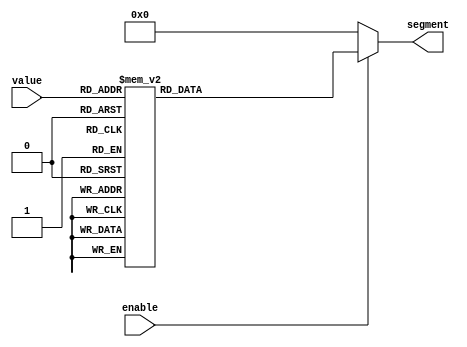
//  x x x 3 x x 0 x x				
//  2 e d a f c g b 1
// letters = 7 segment display (active high)
// numbers = digit select (active low)


`define _Bseg 7'd1
`define _Gseg 7'd2
`define _Cseg 7'd4
`define _Fseg 7'd8
`define _Aseg 7'd16
`define _Dseg 7'd32
`define _Eseg 7'd64

`define DIGIT0	(`_Aseg | `_Bseg | `_Cseg | `_Dseg | `_Eseg | `_Fseg)
`define DIGIT1	(`_Bseg | `_Cseg)
`define DIGIT2	(`_Aseg | `_Bseg | `_Dseg | `_Eseg | `_Gseg)
`define DIGIT3	(`_Aseg | `_Bseg | `_Cseg | `_Dseg | `_Gseg)
`define DIGIT4	(`_Bseg | `_Cseg | `_Fseg | `_Gseg)
`define DIGIT5	(`_Aseg | `_Fseg | `_Gseg | `_Cseg | `_Dseg)
`define DIGIT6	(`_Aseg | `_Cseg | `_Dseg | `_Eseg | `_Fseg | `_Gseg)
`define DIGIT7	(`_Aseg | `_Bseg | `_Cseg )
`define DIGIT8	(`_Aseg | `_Bseg | `_Cseg | `_Dseg | `_Eseg | `_Fseg | `_Gseg)
`define DIGIT9	(`_Aseg | `_Bseg | `_Cseg | `_Dseg | `_Fseg | `_Gseg)
`define DIGITA	(`_Aseg | `_Bseg | `_Cseg | `_Eseg | `_Fseg | `_Gseg)
`define DIGITB	(`_Cseg | `_Dseg | `_Eseg | `_Fseg | `_Gseg)
`define DIGITC	(`_Aseg | `_Dseg | `_Eseg | `_Fseg)
`define DIGITD	(`_Bseg | `_Cseg | `_Dseg | `_Eseg | `_Gseg)
`define DIGITE	(`_Aseg |  `_Eseg | `_Dseg | `_Fseg | `_Gseg)
`define DIGITF	(`_Aseg |  `_Eseg | `_Fseg | `_Gseg)

module hexseg
(
 input [3:0] value,
 input enable,
 output reg [6:0] segment  
);


always @(value,enable)
begin
		if (enable) begin
		
			case (value)
					4'd0: segment = `DIGIT0 ;
					4'd1: segment = `DIGIT1 ;
					4'd2: segment = `DIGIT2 ;
					4'd3: segment = `DIGIT3 ;
					4'd4: segment = `DIGIT4 ;
					4'd5: segment = `DIGIT5 ;
					4'd6: segment = `DIGIT6 ;
					4'd7: segment = `DIGIT7 ;
					4'd8: segment = `DIGIT8 ;
					4'd9: segment = `DIGIT9 ;
					4'd10: segment = `DIGITA ;
					4'd11: segment = `DIGITB ;
					4'd12: segment = `DIGITC ;
					4'd13: segment = `DIGITD ;
					4'd14: segment = `DIGITE ;
					4'd15: segment = `DIGITF ;
			endcase
		end
	else
		segment = 7'd0 ;

end


endmodule